Medical and sanitary report of the native army of Bengal for the year
Year: 1874
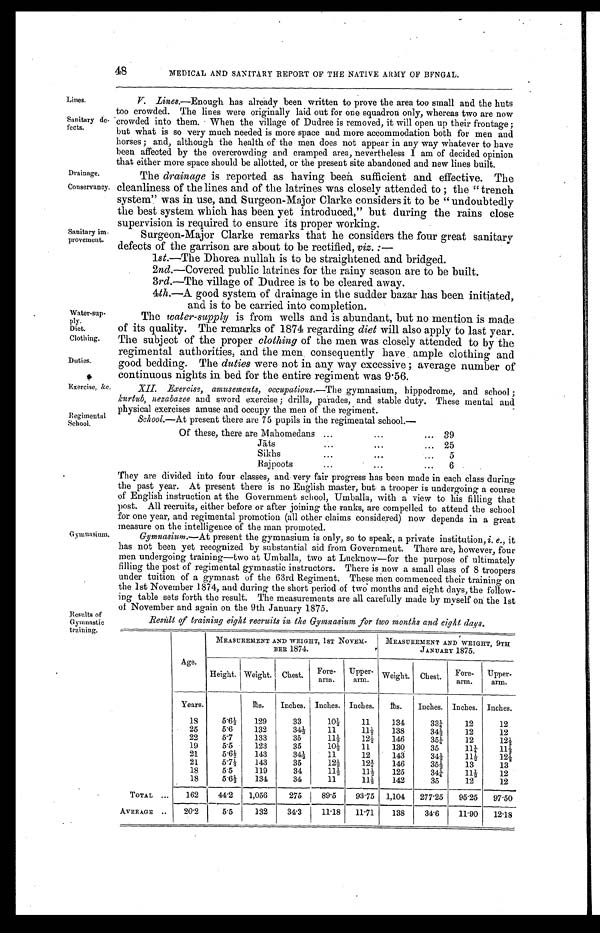
Lines.
Sanitary de
-
fects.
Drainage.
Conservancy.
Sanitary im
-
provement.
Water-sup -
ply.
Diet.
Clothing.
Duties.
Exercise, &c,
Regimental
School.
48
MEDICAL AND SANITARY REPORT OF THE NATIVE ARMY OF BFNGAL.
V. Lines.—Enough has already been written to prove the area too small and the huts
too crowded. The lines were originally laid out for one squadron only, whereas two are now
crowded into them. When the village of Dudree is removed, it will open up their frontage ;
but what is so very much needed is more space and more accommodation both for men and
horses ; and, although the health of the men does not appear in any way whatever to have
been affected by the overcrowding and cramped area, nevertheless I am of decided opinion
that either more space should he allotted, or the present site abandoned and new lines built.
The drainage is reported as having been sufficient and effective. The
cleanliness of the lines and of the latrines was closely attended to ; the "trench
system" was in use, and Surgeon-Major Clarke considers it to be "undoubtedly
the best system which has been yet introduced," but during the rains close
supervision is required to ensure its proper working.
Surgeon-Major Clarke remarks that he considers the four great sanitary
defects of tile garrison are about to be rectified, viz. :—
1st .—The Dhorea nullah is to be straightened and bridged.
2nd.—Covered public latrines for the rainy season are to be built.
3rd .—The village of Dudree is to be cleared away.
4 th .—A good system of drainage in the sudder bazar has been initiated,
and is to be carried into completion.
The water-supply is from wells and is abundant, but no mention is made
of its quality. The remarks of 1874 regarding diet will also apply to last year.
The subject of the proper clothing of the men was closely attended to by the
regimental authorities, and the men consequentiy have ample clothing and
good bedding. The duties were not in any way excessive ; average number of
continuous nights in bed for the entire regiment was 9.56.
XII. Exercise, amusements, occupations.— The gymnasium, hippodrome, and school ;
kurtub, nezabazee and sword exercise ; drills, parades, and stable duty. These mental and
physical exercises amuse and occupy the men of the regiment.
School.—At present there are 75 pupils in the regimental school.—
Of these, there are Mahomedans . . . 39
Jā ts
.
.
.
25
Sikhs . . .
5
Rajpoots . . .
6
Gymnasium.
Results of
Gymnastic
training.
Th e y a r e d i vi de d i nt o f our c l a s s e s , a nd ve r y La i r pr ogr e s s ha s be e n ma de i n e a c h c l a s s dur i ng
the past year. At present there is no English master, but a trooper is undergoing a course
of English instruction at the Government school, Umballa, with a view to his filling that
post. All recruits, either before or after joining the ranks, are compelled to attend the school
for one year, and regimental promotion (all other claims considered) now depends in a great
measure on the intelligence of the man promoted.
Gymnasium.— At present the gymnasium is only, so to speak, a private institution, i. e., it
has not been yet recognized by substantial aid from Government. There are, however, four
men undergoing training—two at Umballa, two at Lucknow—for the purpose of ultimately
filling the post of regimental gymnastic instructors. There is now a small class of 8 troopers
under tuition of a gymnast of the 63rd Regiment. These men commenced their training on
the 1st November 1874, and during the short period of two months and eight days, the follow-
ing table sets forth the result. The measurements are all carefully made by myself on the 1st
of November and again on the 9th January 1875.
Resùlt of training eight recruits in the Gymnasium for two months and eight days.
Age.
MEASUREMENT AND WEIGHT, 1ST NOVEM-
BER 1874.
MEASUREMENT AND WEIGHT, 9TH
JANUARY 1875.
Height. Weight. Chest.
Fore-
arm.
Upper-
arm.
Weight. Chest.
Fore-
arm.
Upper-
arm.
Years.
lbs.
Inches. Inches. Inches.
lbs.
Inches. Inches. Inches.
18
5.6½
129
33
10½
11
134
33¼
12
12
25
5.6
132
34½
11
11½
138
34½
12
12
22
5.7
133
35
11½
12½
146
35¼
12
12½
19
5.5
123
35
10½
11
130
35
1 1 ¼ 11½
21
5.6½
143
34½
11
12
143
34½
11½
12½
21
5.7½
143
35
12½
12¾
146
35½
13
13
18
5.5
119
34
11½
11½
125
34¼
11½
12
18
5.6½
134
34
11
11½
142
35
12
12
TOTAL . . .
162
44.2
1,056
275
89.5
93.75
1,104
277.25
95.25
97.50
AVERAGE . . .
20.2
5.5
132
343
11.18
11.71
138
34.6
11.90
12.18